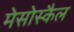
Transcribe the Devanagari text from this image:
मेसोस्कैल